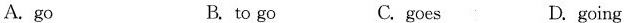
A.go B.to go C.goes D. going